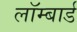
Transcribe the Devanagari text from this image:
लॉम्बार्ड